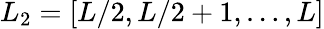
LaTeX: L_{2}=[L/2,L/2+1,\dots,L]